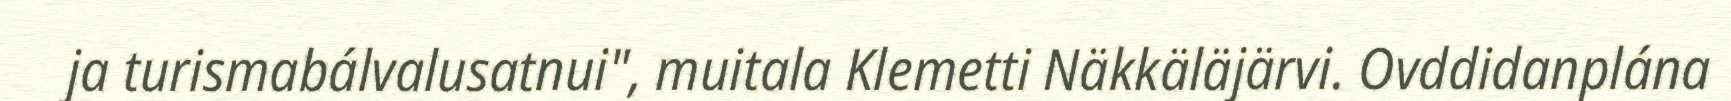
ja turismabálvalusatnui", muitala Klemetti Näkkäläjärvi. Ovddidanplána